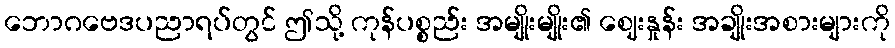
ဘောဂဗေဒပညာရပ်တွင် ဤသို့ ကုန်ပစ္စည်း အမျိုးမျိုး၏ ဈေးနှုန်း အချိုးအစားများကို